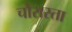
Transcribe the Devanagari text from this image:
चौरास्ता